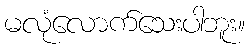
မလုံလောက်သေးပါဘူး။